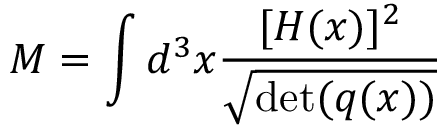
M = \int d ^ { 3 } x { \frac { [ H ( x ) ] ^ { 2 } } { \sqrt { \operatorname* { d e t } ( q ( x ) ) } } }